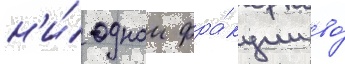
н'и́ однои фра́кции во́